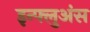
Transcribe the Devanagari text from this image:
इन्फ्लुअंस